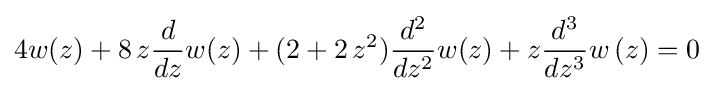
4w(z)+8\,z{\frac {d}{dz}}w(z)+(2+2\,z^{2}){\frac {d^{2}}{dz^{2}}}w(z)+z{\frac {d^{3}}{dz^{3}}}w\left(z\right)=0